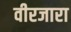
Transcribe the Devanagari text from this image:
वीरजारा